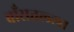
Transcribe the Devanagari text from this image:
बाँसतल्‍ला